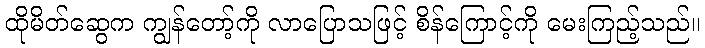
ထိုမိတ်ဆွေက ကျွန်တော့်ကို လာပြောသဖြင့် စိန်ကြောင့်ကို မေးကြည့်သည်။